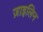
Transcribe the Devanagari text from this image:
ज़ाइलिन